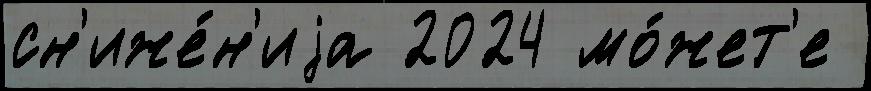
сн'иже́н'иjа 2024 мо́жет'е